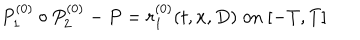
P _ { 1 } ^ { ( 0 ) } \circ P _ { 2 } ^ { ( 0 ) } - P = r _ { 1 } ^ { ( 0 ) } ( t , x , D ) \; \mathrm { o n } \; [ - T , T ]